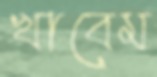
খাবেম